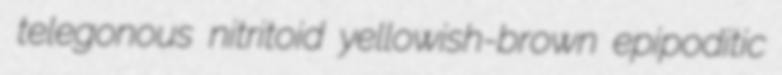
telegonous nitritoid yellowish-brown epipoditic